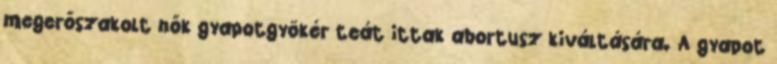
megerőszakolt nők gyapotgyökér teát ittak abortusz kiváltására. A gyapot